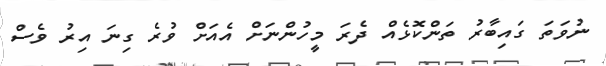
ނުވަތަ ގައިބާރު ތަންކޮޅެއް ދެރަ މީހުންނަށް އެއަށް ވުރެ ގިނަ އިރު ވެސް